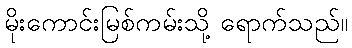
မိုးကောင်းမြစ်ကမ်းသို့ ရောက်သည်။